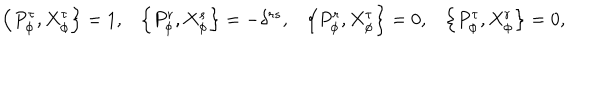
\begin{array} { c c c c } { { \left\{ P _ { \phi } ^ { \tau } , X _ { \phi } ^ { \tau } \right\} = 1 , } } & { { \left\{ P _ { \phi } ^ { r } , X _ { \phi } ^ { s } \right\} = - \delta ^ { r s } , } } & { { \left\{ P _ { \phi } ^ { r } , X _ { \phi } ^ { \tau } \right\} = 0 , } } & { { \left\{ P _ { \phi } ^ { \tau } , X _ { \phi } ^ { r } \right\} = 0 , } } \\ \end{array}